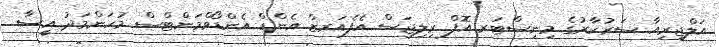
އަލްޖީރިއާ ސަރުކާރުގެ މިނިސްޓަރ އޮފް ރިލިޖަސް އެފެއަރޒް އެންޑް އެންޑޯވްމަންޓްސް މުހަންމަދު އީސާ